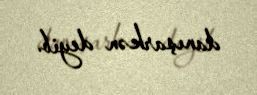
danışarkən deyib.